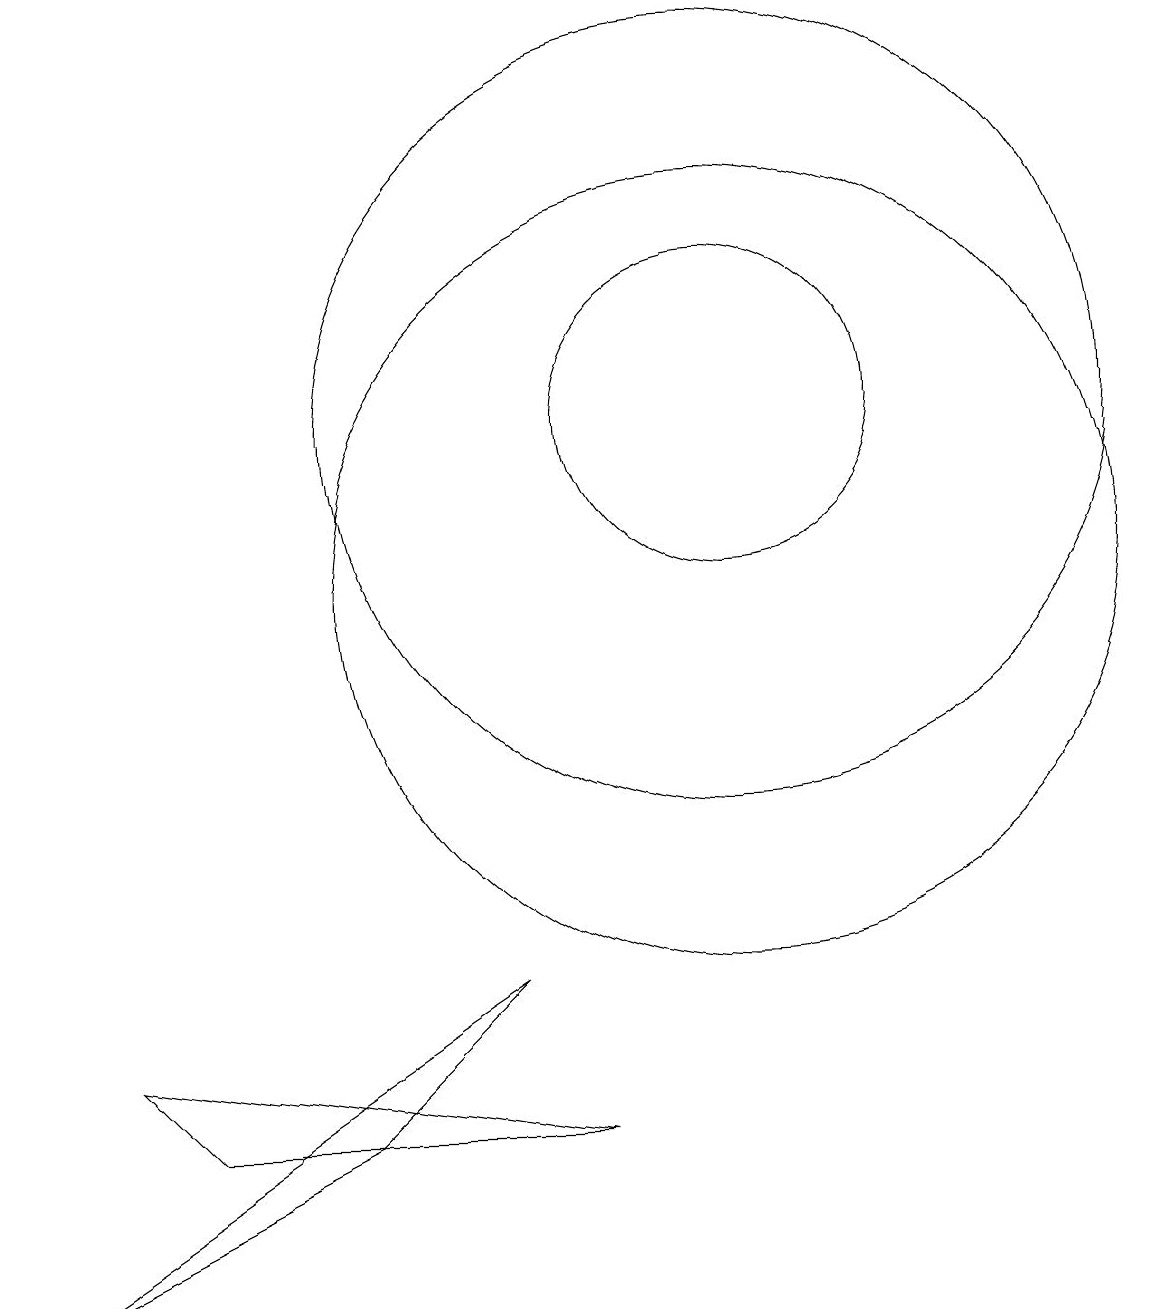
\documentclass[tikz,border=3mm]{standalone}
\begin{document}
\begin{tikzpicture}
\draw (10,11) circle (0);
\draw (11,12) circle (5);
\draw (3,4) -- (9,3) -- (4,3) -- cycle;
\draw (11,12) circle (2);
\draw (2,1) -- (6,3) -- (8,5) -- cycle;
\draw (11,10) circle (5);
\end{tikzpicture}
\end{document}